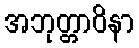
အဘုတ္တာဝိနာ